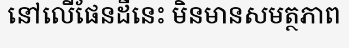
នៅលើផែនដីនេះ មិនមានសមត្ថភាព